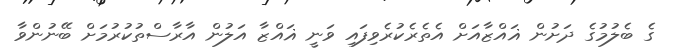
ގެ ބެލުމުގެ ދަށުން ޣައްޒާއަށް އެތެރެކުރެވިފައި ވަނީ ޣައްޒާ އަލުން އާރާސްތުކުރުމަށް ބޭނުންވާ